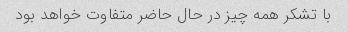
با تشکر همه چیز در حال حاضر متفاوت خواهد بود